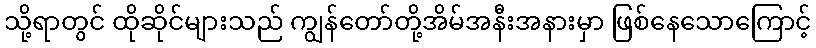
သို့ရာတွင် ထိုဆိုင်များသည် ကျွန်တော်တို့အိမ်အနီးအနားမှာ ဖြစ်နေသောကြောင့်